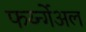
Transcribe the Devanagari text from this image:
फर्य्न्गेअल